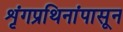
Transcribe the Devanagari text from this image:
शृंगप्रथिनांपासून